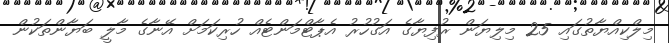
މިލްކިއްޔާތުގައި 25 މިލިޔަން ރުފިޔާގެ އަގުހުރު އެޕާޓްމަންޓެއް ހުރިކަމަށް އޭނާގެ މާލީ ބަޔާންތަކުން